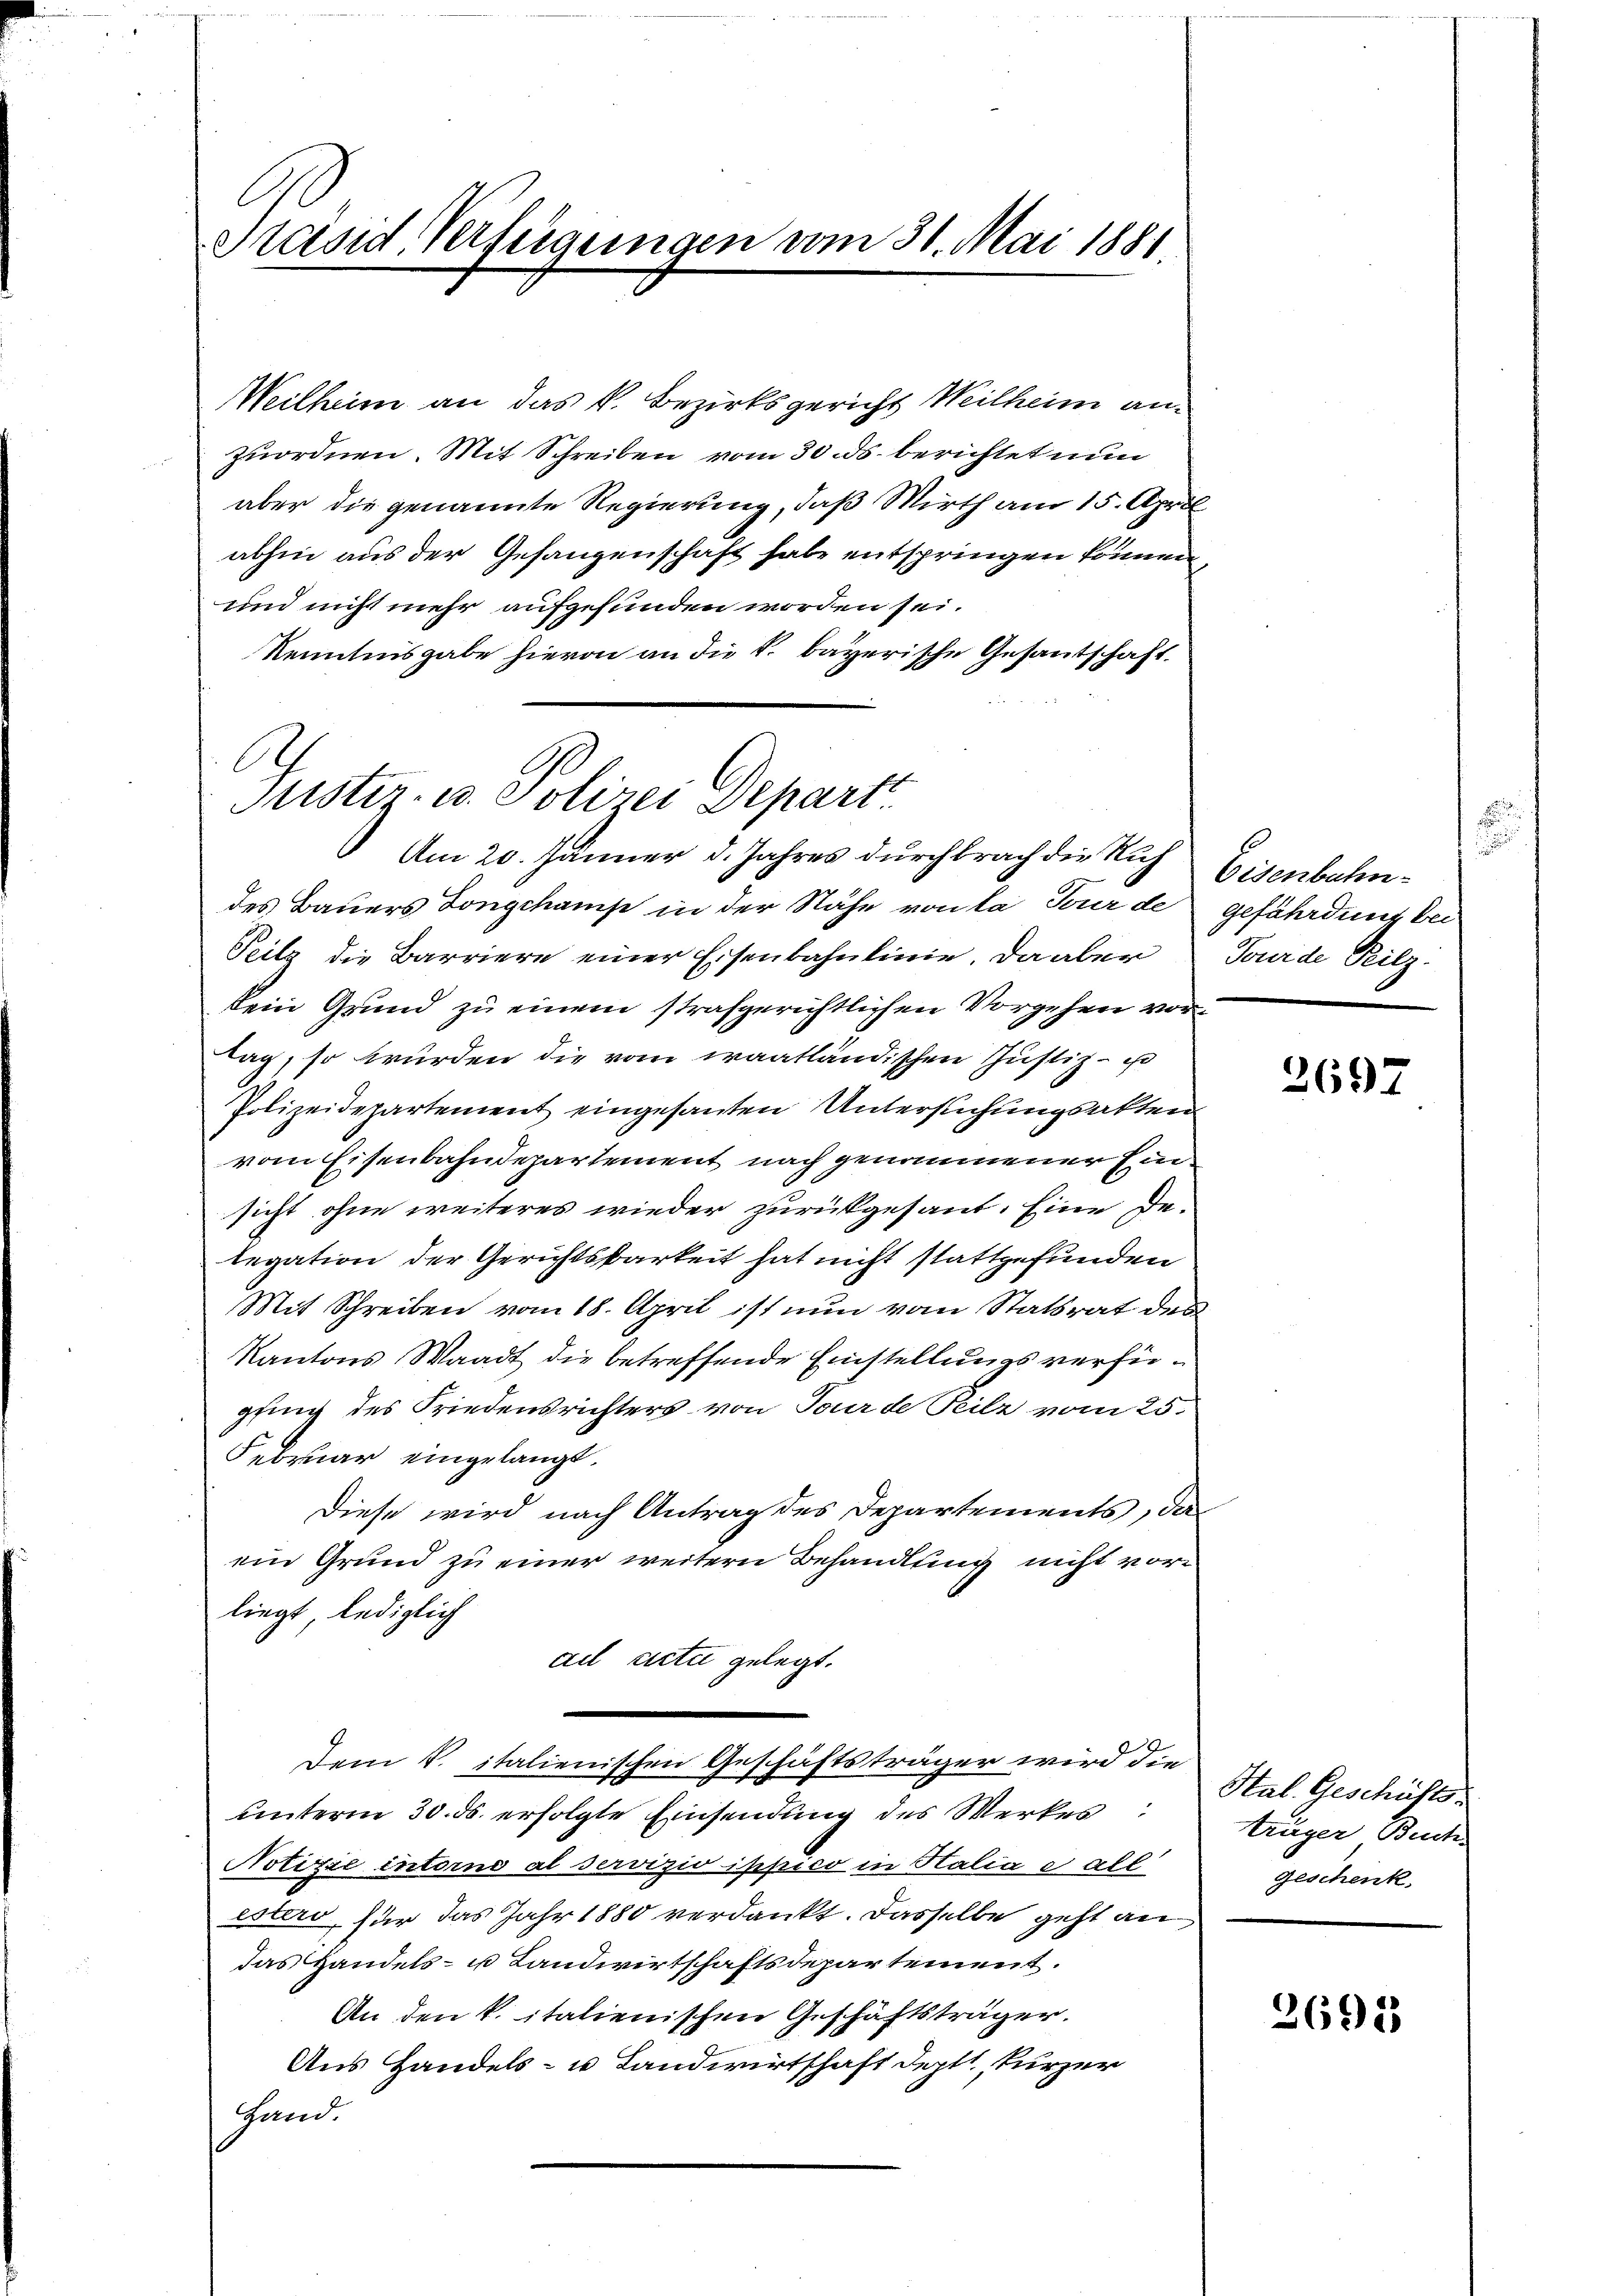
Preisid Verfeigungen vom 31. Mai 1881

Weilheim an das k. Bezirksgericht Weilheim anzuordnen. Mit Schreiben vom 30. ds. berichtet nun
aber die genannte Regierung, daß Wirth am 15. April
abhin aus der Gefangenschaft habe entspringen können,
und nicht mehr aufgefunden worden sei.
Kenntnisgabe hievon an die k. bayerische Gesantschaft

Justiz- u. Polizei Depart
Am 20. Jänner d. Jahres durchbrach die Ruf Eisenbahn¬

des Bauers Longchamp in der Nähe von la Feur de gefährdung bei
Teilz die Barriere einer Eisenbahnlinie. Da aber Tourde Peilz-
kein Grund zu einem strafgerichtlichen Vorgehen vortag, so würden die vom waatländischen Justiz- u
Polizeidepartement eingesanten Untersuchungsakten
vom Eisenbahndepartement nach genommener Einsicht ohne weiteres wieder zurückgesant. Eine Delegation der Gerichtsbarkeit hat nicht stattgefunden
Mit Schreiben vom 18. April ist nun vom Statsrat des
Kantons Waadt die betreffende Einstellungsverfüpfing des Friedensrichters von Tourde Teilz vom 25.
Februar eingelangt.
Diese wird nach Antrag des Departements, das
ein Grund zu einer weitern Behandlung nicht vorliegt, lediglich
ad acti gelegt.
Dem V. italienischen Geschäftsträger wird die
unterm 30. ds. erfolgte Einsendung des Werkes
Notizie intorno al servizio ippico in Halia all
esters, für das Jahr 1880 verdankt. Dasselbe geht an
das Handels- u Landwirtschaftsdepartement.
An den k. italienischen Geschäftsträger.
Aus Handels- u Landwirtschaft deptt, kurzer
Hand.

.

2697

Stal. Geschäftstrüger Buch.
Geschenk.

2692